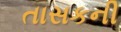
તાસકની